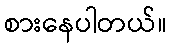
စားနေပါတယ်။